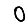
Digit: 0